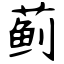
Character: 蓟